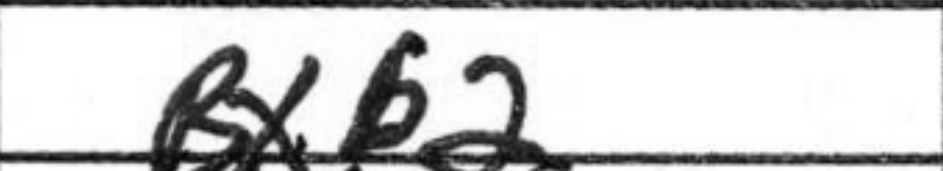
Transcription: Bxb2